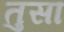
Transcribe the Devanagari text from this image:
तुसा